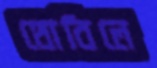
থোবিলে